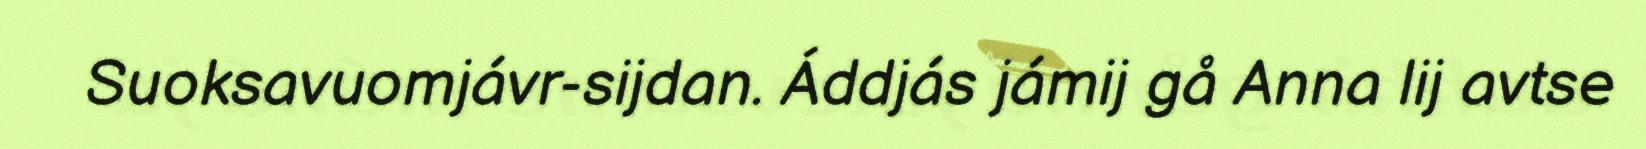
Suoksavuomjávr-sijdan. Áddjás jámij gå Anna lij avtse